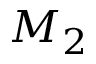
M _ { 2 }